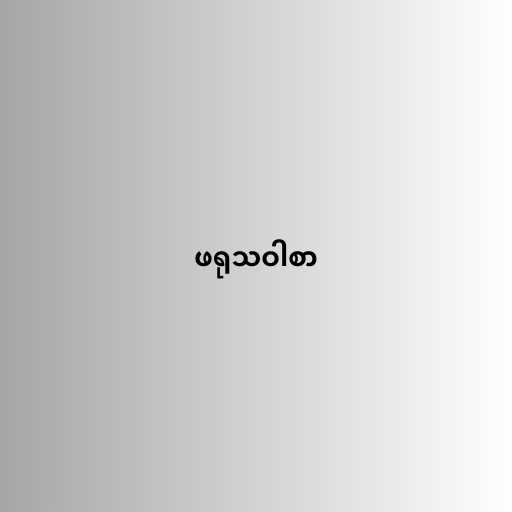
ဖရုသဝါစာ